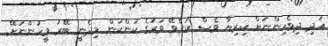
އަދި ދިވެހިންނަށް ކިރިޔާ ވެސް ކުރެވޭ ވަރުގެ ކަންކަން މިދެނީ ބޭރު މީހުންނަށޭ.